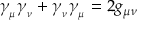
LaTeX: \gamma _ { _ \mu } \gamma _ { _ \nu } + \gamma _ { _ \nu } \gamma _ { _ \mu } = 2 g _ { \mu \nu }